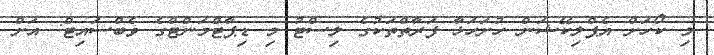
މި ކޯހަށް އެޕްލިކޭޝަން ހުށަހަޅާ ފަރާތްތަކުގެ ލިސްޓު މި ޑިޕާޓްމަންޓްގެ ވެބްސައިޓް: އަށް